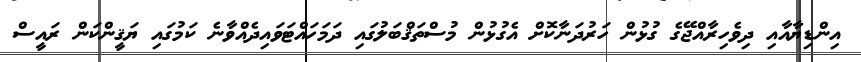
އިންޑިޔާއާއި ދިވެހިރާއްޖޭގެ ގުޅުން ހަރުދަނާކޮށް އެގުޅުން މުސްތަޤްބަލުގައި ދަމަހައްޓަވައިދެއްވާނެ ކަމުގައި ޔަޤީންކަން ރައީސް